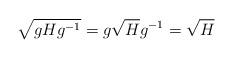
LaTeX: \begin{align*}\sqrt{gHg^{-1}} = g\sqrt{H}g^{-1} = \sqrt{H}\end{align*}